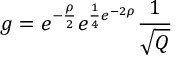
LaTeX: g = e ^ { - \frac { \rho } { 2 } } e ^ { \frac { 1 } { 4 } e ^ { - 2 \rho } } \frac { 1 } { \sqrt { Q } }